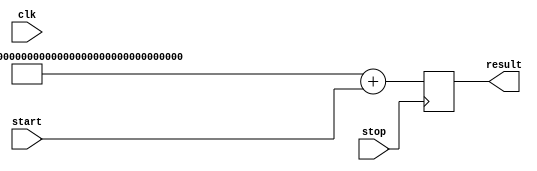
// This program was cloned from: https://github.com/drandyhaas/Haasoscope
// License: MIT License

module chain_delay(clk,start,stop,result);
input clk, start, stop;
parameter CHAIN_LEN = 200;
wire [CHAIN_LEN-2:0] input1 = {{CHAIN_LEN-2{1'b0}},start} /* synthesis keep */; // that's ...0000000 or ...00000001
wire [CHAIN_LEN-1:0] chain = {CHAIN_LEN-1{1'b1}} + input1 /* synthesis keep */; // that's 1111...1111, added to 1 or 0

// I think it works like this... 
// when start is 0:  011111111 + 0000 = 011111111
// when start goes to 1:  011111111 + 0001 = 100000000  i.e. 255+1=256
// before the operation completes: 011110000, so the more 0's, the longer it ran
// if it got to the end, the last bit should be a 1

output reg [CHAIN_LEN-1:0] result /* synthesis keep */;
always @(posedge stop) result<=chain;

endmodule